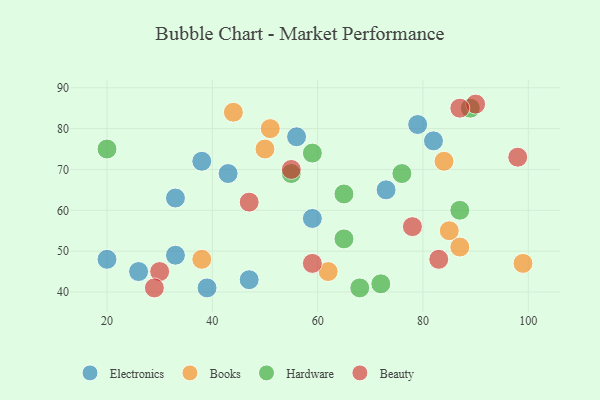
{"axis": {"x": "GDP", "y": "Life Expectancy"}, "legend": ["Beauty", "Books", "Electronics", "Hardware"], "data": [{"x": "59", "y": 58, "type": "Electronics"}, {"x": "79", "y": 81, "type": "Electronics"}, {"x": "20", "y": 48, "type": "Electronics"}, {"x": "43", "y": 69, "type": "Electronics"}, {"x": "26", "y": 45, "type": "Electronics"}, {"x": "73", "y": 65, "type": "Electronics"}, {"x": "56", "y": 78, "type": "Electronics"}, {"x": "38", "y": 72, "type": "Electronics"}, {"x": "82", "y": 77, "type": "Electronics"}, {"x": "47", "y": 43, "type": "Electronics"}, {"x": "33", "y": 49, "type": "Electronics"}, {"x": "33", "y": 63, "type": "Electronics"}, {"x": "39", "y": 41, "type": "Electronics"}, {"x": "99", "y": 47, "type": "Books"}, {"x": "62", "y": 45, "type": "Books"}, {"x": "84", "y": 72, "type": "Books"}, {"x": "38", "y": 48, "type": "Books"}, {"x": "44", "y": 84, "type": "Books"}, {"x": "87", "y": 51, "type": "Books"}, {"x": "85", "y": 55, "type": "Books"}, {"x": "51", "y": 80, "type": "Books"}, {"x": "50", "y": 75, "type": "Books"}, {"x": "59", "y": 74, "type": "Hardware"}, {"x": "89", "y": 85, "type": "Hardware"}, {"x": "68", "y": 41, "type": "Hardware"}, {"x": "72", "y": 42, "type": "Hardware"}, {"x": "20", "y": 75, "type": "Hardware"}, {"x": "65", "y": 53, "type": "Hardware"}, {"x": "65", "y": 64, "type": "Hardware"}, {"x": "76", "y": 69, "type": "Hardware"}, {"x": "55", "y": 69, "type": "Hardware"}, {"x": "87", "y": 60, "type": "Hardware"}, {"x": "83", "y": 48, "type": "Beauty"}, {"x": "90", "y": 86, "type": "Beauty"}, {"x": "98", "y": 73, "type": "Beauty"}, {"x": "30", "y": 45, "type": "Beauty"}, {"x": "47", "y": 62, "type": "Beauty"}, {"x": "78", "y": 56, "type": "Beauty"}, {"x": "59", "y": 47, "type": "Beauty"}, {"x": "55", "y": 70, "type": "Beauty"}, {"x": "87", "y": 85, "type": "Beauty"}, {"x": "29", "y": 41, "type": "Beauty"}]}